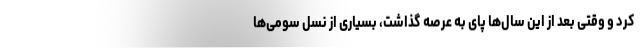
کرد و وقتی بعد از این سال‌ها پای به عرصه گذاشت، بسیاری از نسل سومی‌ها